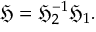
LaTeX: { \mathfrak { H } } = { \mathfrak { H } } _ { 2 } ^ { - 1 } { \mathfrak { H } } _ { 1 } .